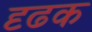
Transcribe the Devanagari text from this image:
दृढक